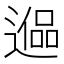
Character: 𰻑